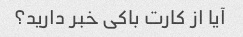
آیا از کارت باکی خبر دارید؟